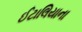
ઈટાલિયાના